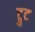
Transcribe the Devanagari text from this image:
ट्रुट